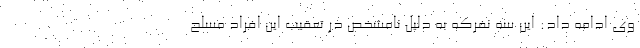
وی ادامه داد: این سه نفرکه به دلیل نامشخص در تعقیب این افراد مسلح